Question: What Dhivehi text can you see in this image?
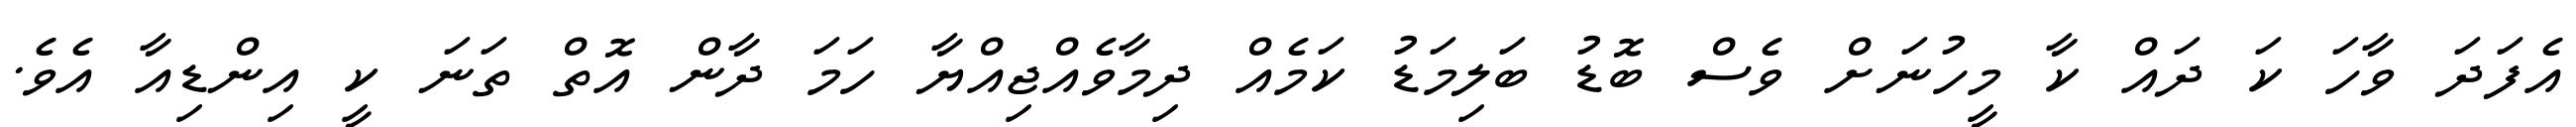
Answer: އެފަދަ ވާހަ ކަ ދައް ކާ މީހުނަށް ވެސް ބޮޑު ބަލިމަޑު ކަމެއް ދިމާވެއްޖިއްޔާ ހަމަ ދާން އޮތް ތަނަ ކީ އިންޑިއާ އެވެ.